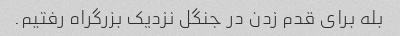
بله برای قدم زدن در جنگل نزدیک بزرگراه رفتیم.